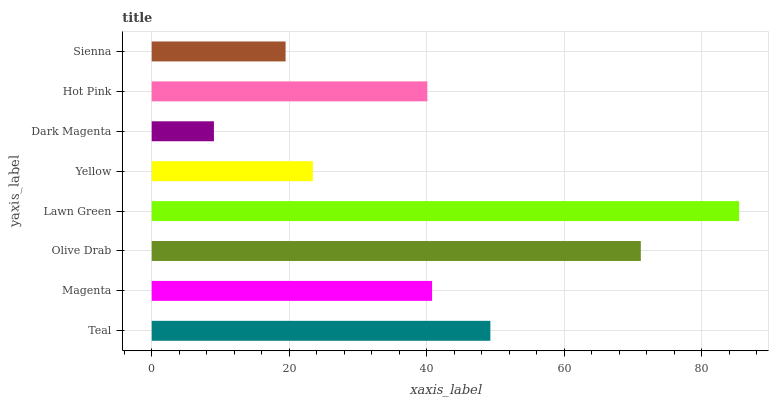
| yaxis_label | bars |
 | --- | --- |
 | Teal | 49.3 |
 | Magenta | 40.8 |
 | Olive Drab | 71.2 |
 | Lawn Green | 85.5 |
 | Yellow | 23.4 |
 | Dark Magenta | 9.05 |
 | Hot Pink | 40.1 |
 | Sienna | 19.5 |